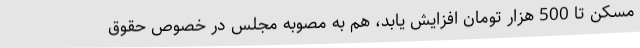
مسکن تا 500 هزار تومان افزایش یابد، هم به مصوبه مجلس در خصوص حقوق